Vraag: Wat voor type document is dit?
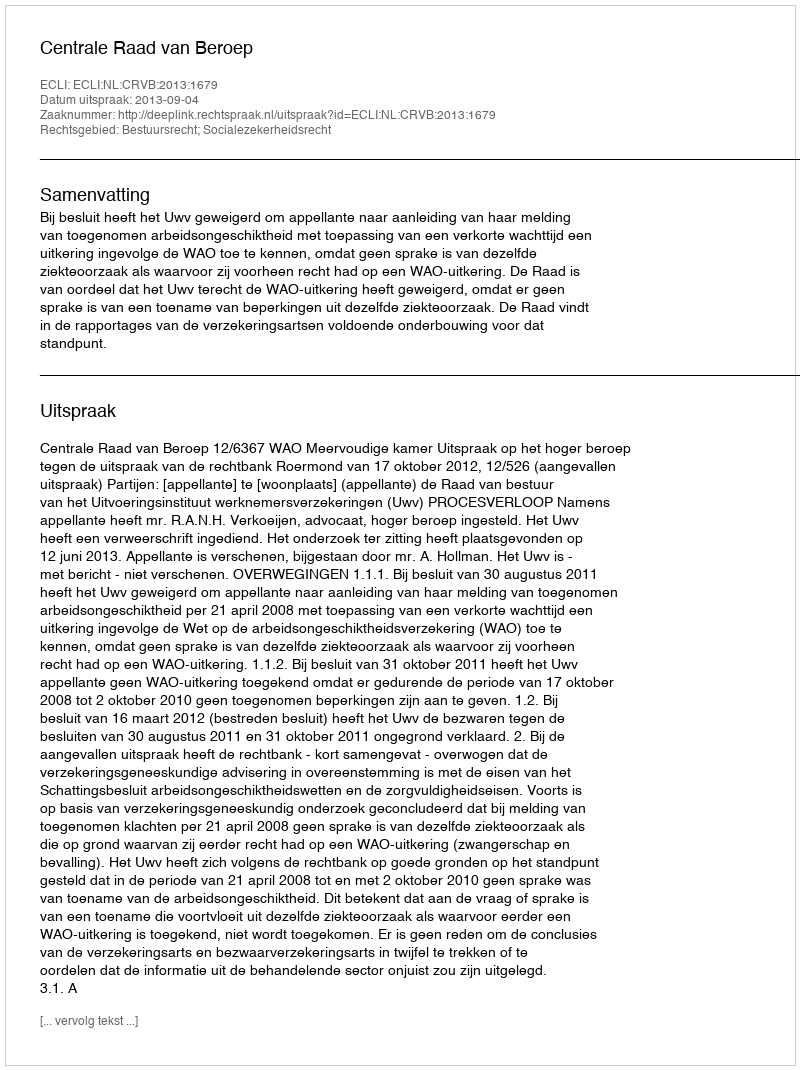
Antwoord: Uitspraak